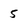
Character: 5